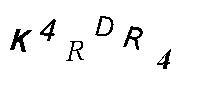
K4RDR4